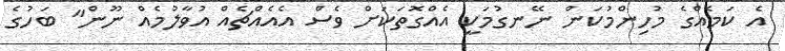
އެ ކަމެއްގެ މުހިންމުކަން ނޭނގުމަކީ އެއްގޮތަކަށް ވެސް އެއެއްޗެއް އުވާލުމެއް ނޫން" ބަހުގެ